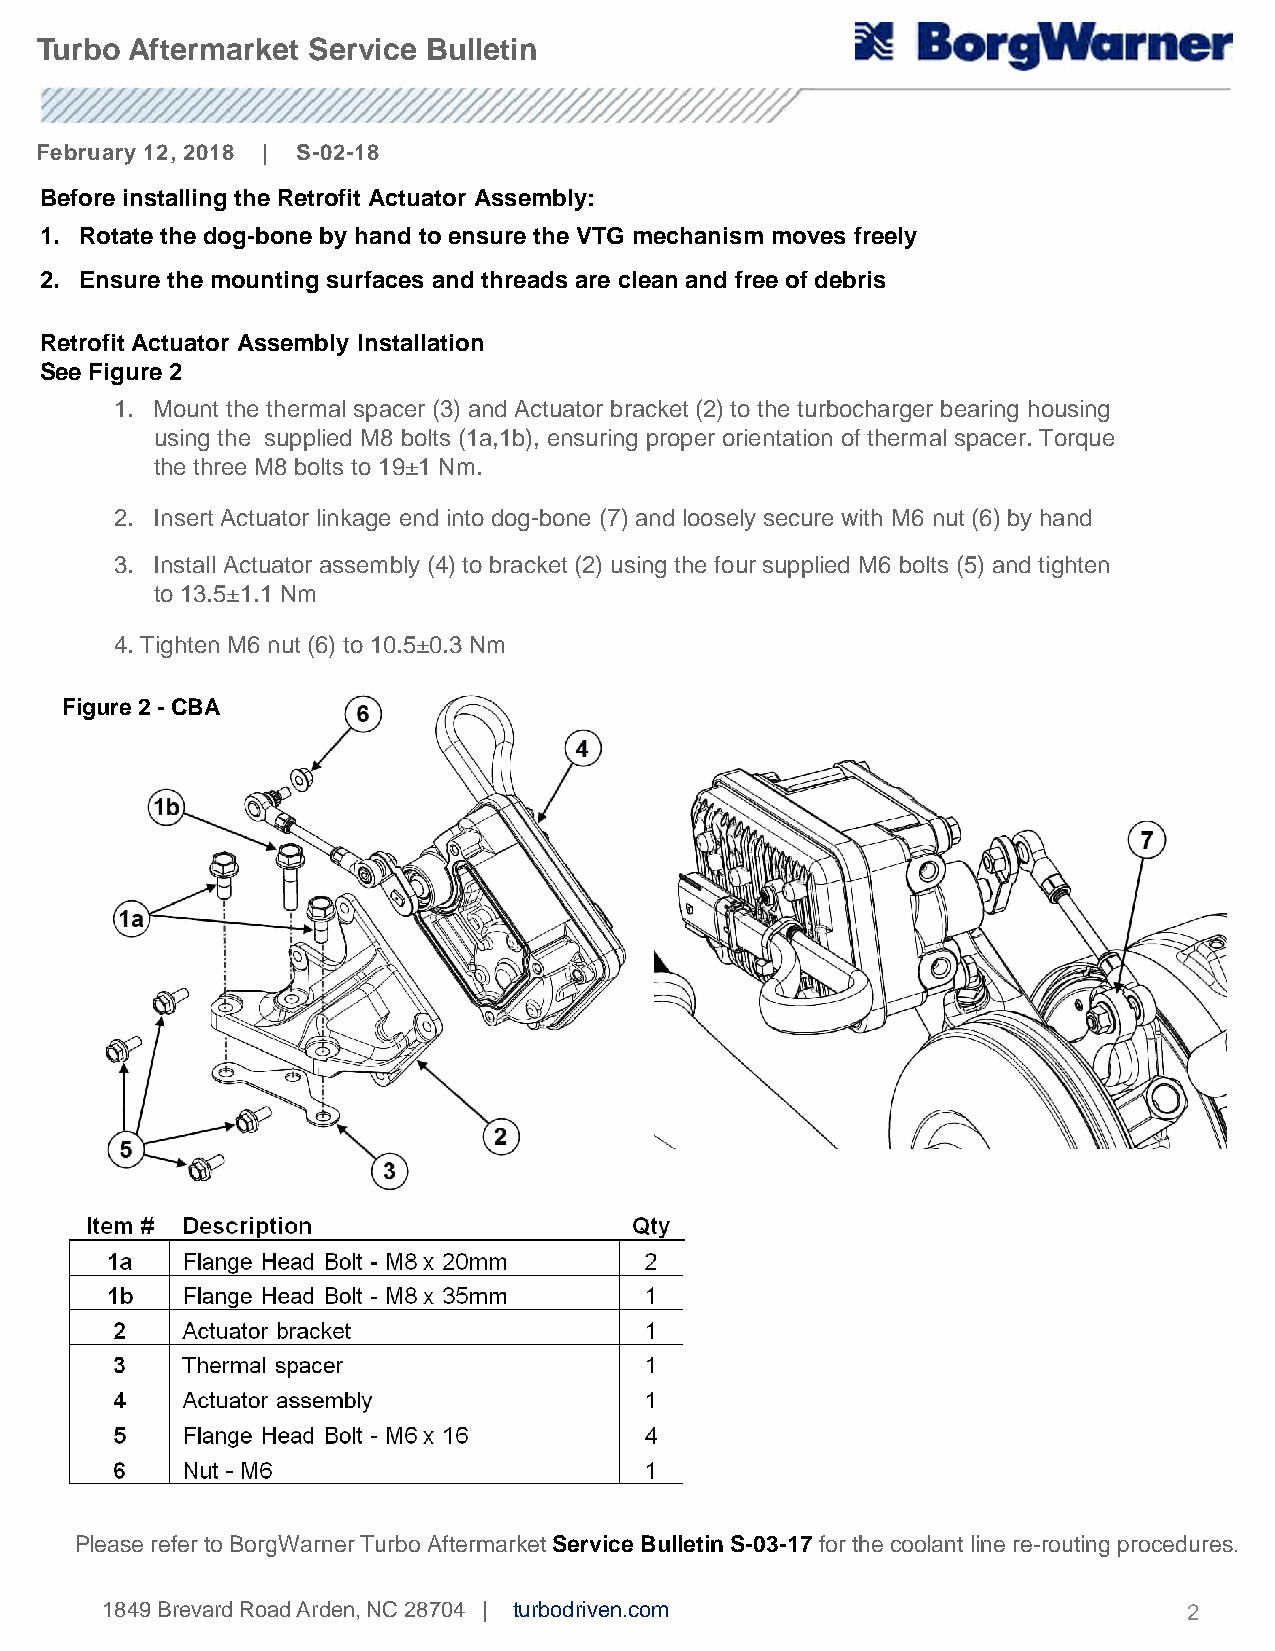
Turbo Aftermarket Service Bulletin
 February 12, 2018 | S-02-18
 Before installing the Retrofit Actuator Assembly:
 1. Rotate the dog-bone by hand to ensure the VTG mechanism moves freely
 2. Ensure the mounting surfaces and threads are clean and free of debris
 a
 Retrofit Actuator Assembly Installation
 See Figure 2
 1. Mount the thermal spacer (3) and Actuator bracket (2) to the turbocharger bearing housing
 using the supplied M8 bolts (1a,1b), ensuring proper orientation of thermal spacer. Torque
 the three M8 bolts to 19±1 Nm.
 2. Insert Actuator linkage end into dog-bone (7) and loosely secure with M6 nut (6) by hand
 3. Install Actuator assembly (4) to bracket (2) using the four supplied M6 bolts (5) and tighten
 to 13.5±1.1 Nm
 4. Tighten M6 nut (6) to 10.5±0.3 Nm
 Figure2 -CBA
 Please refertoBorgWarnerTurboAftermarketService BulletinS-03-17 forthecoolant line re-routing procedures.
 1849BrevardRoadArden,NC28704 | turbodriven.com                          2